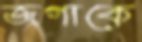
জগাকে